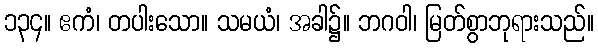
၁၃၄။ ဧကံ၊ တပါးသော။ သမယံ၊ အခါ၌။ ဘဂဝါ၊ မြတ်စွာဘုရားသည်။